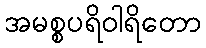
အမစ္စပရိဝါရိတော